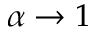
\alpha \to 1